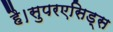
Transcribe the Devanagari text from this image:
है।सुपरएसिड्स